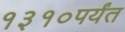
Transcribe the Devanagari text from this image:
१३१०पर्यंत